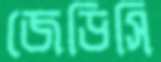
জেডিসি